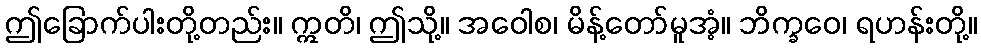
ဤခြောက်ပါးတို့တည်း။ ဣတိ၊ ဤသို့။ အဝေါစ၊ မိန့်တော်မူအံ့။ ဘိက္ခဝေ၊ ရဟန်းတို့။